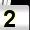
Digit: 2